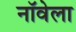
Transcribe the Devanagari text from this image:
नॉवेला